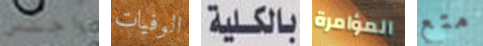
واجلس الوفيات بالكلية المؤامرة متع